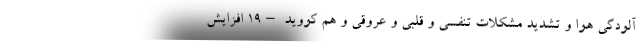
آلودگی هوا و تشدید مشکلات تنفسی و قلبی و عروقی و هم کووید –۱۹ افزایش